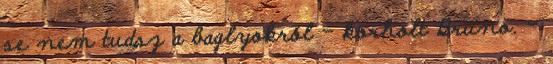
se nem tudsz a baglyokról – korholt Bruno. –